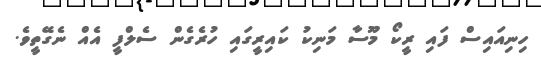
ހިނިއައިސް ފައި ރީކޯ މޫސާ މަނިކު ކައިރީގައި ހުރެގެން ސެލްފީ އެއް ނެގޭތީވެ.